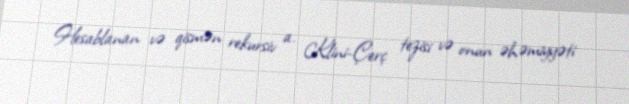
Hesablanan və qismən rekursiv a. Klini-Çerç tezisi və onun əhəmiyyəti